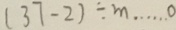
( 3 7 - 2 ) \div m \cdots 0